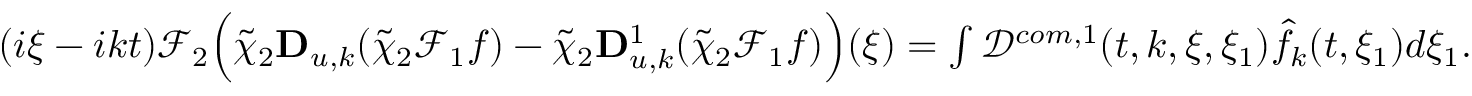
\begin{array} { r } { ( i \xi - i k t ) \mathcal { F } _ { 2 } \Big ( \tilde { \chi } _ { 2 } \mathbf { D } _ { u , k } ( \tilde { \chi } _ { 2 } \mathcal { F } _ { 1 } f ) - \tilde { \chi } _ { 2 } \mathbf { D } _ { u , k } ^ { 1 } ( \tilde { \chi } _ { 2 } \mathcal { F } _ { 1 } f ) \Big ) ( \xi ) = \int \mathcal { D } ^ { c o m , 1 } ( t , k , \xi , \xi _ { 1 } ) \hat { f } _ { k } ( t , \xi _ { 1 } ) d \xi _ { 1 } . } \end{array}